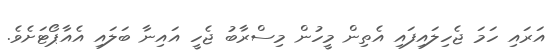
އަރައި ހަމަ ޖެހިލައިފައި އެތިން މީހުން މިސްރާބު ޖެހީ އައިނާ ބަލައި އެއާޕޯޓަށެވެ.